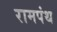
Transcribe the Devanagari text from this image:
रामपंथ